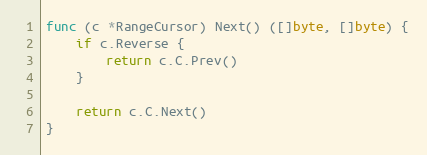
Language: Go
func (c *RangeCursor) Next() ([]byte, []byte) {
	if c.Reverse {
		return c.C.Prev()
	}

	return c.C.Next()
}